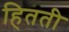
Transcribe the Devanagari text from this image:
हितती